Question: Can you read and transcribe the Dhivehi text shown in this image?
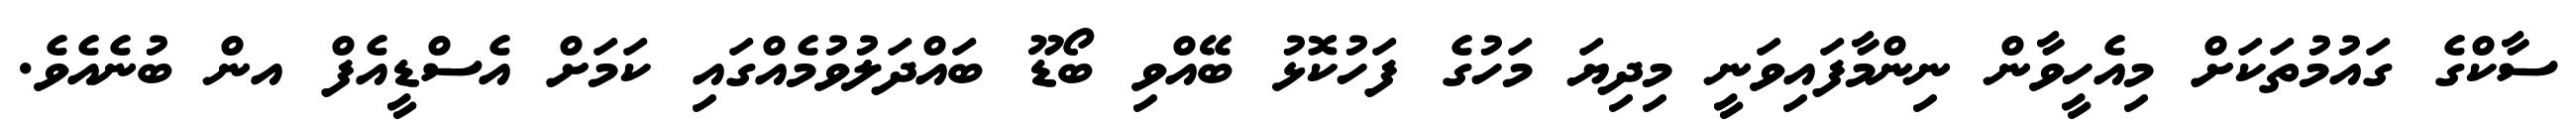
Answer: ސާކްގެ ގައުމުތަކަށް މިއެހީވާން ނިންމާފައިވަނީ މިދިޔަ މަހުގެ ފަހުކޮޅު ބޭއްވި ބޯޑޫ ބައްދަލުވުމެއްގައި ކަމަށް އެސްޑީއެފް އން ބުނެއެވެ.